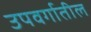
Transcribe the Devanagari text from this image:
उपवर्गातील